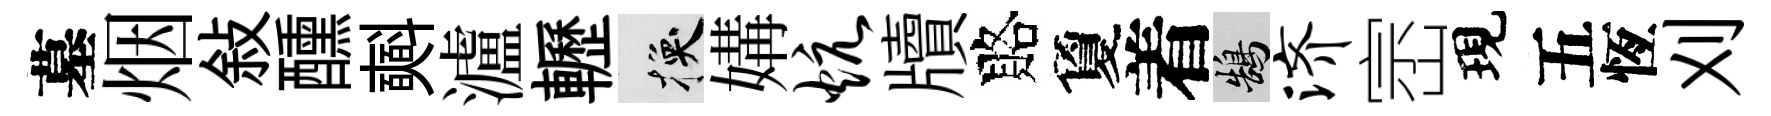
墓烟敍醺𣂏瀘轣换媾炕牘賂夐着鵠济崈現五恆刈